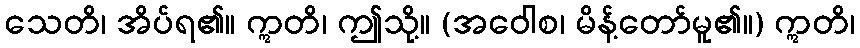
သေတိ၊ အိပ်ရ၏။ ဣတိ၊ ဤသို့။ (အဝေါစ၊ မိန့်တော်မူ၏။) ဣတိ၊